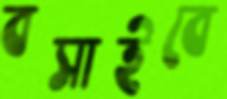
বসাইবে